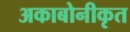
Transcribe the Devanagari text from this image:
अकाबोनीकृत